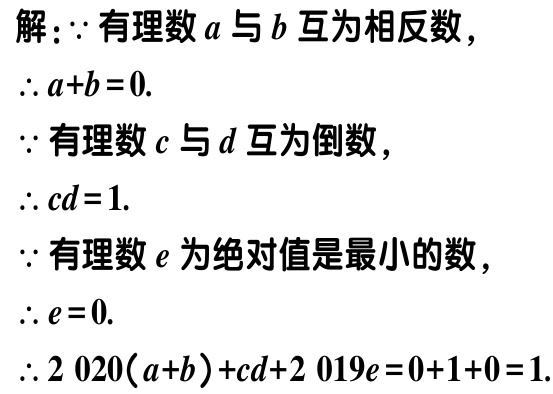
解：\(\because\)有理数\(a\)与\(b\)互为相反数，

\(\therefore a + b = 0\).

\(\because\)有理数\(c\)与\(d\)互为倒数，

\(\therefore cd = 1\).

\(\because\)有理数\(e\)为绝对值是最小的数，

\(\therefore e = 0\).

\(\therefore 2020(a + b)+cd + 2019e=0 + 1+0 = 1\).